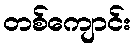
တစ်ကျောင်း